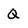
Character: Q